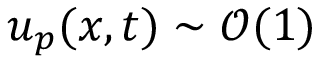
u _ { p } ( x , t ) \sim \mathcal { O } ( 1 )